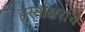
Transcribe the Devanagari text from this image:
हस्ताक्षरांचे